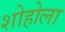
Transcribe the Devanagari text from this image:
शोहोला